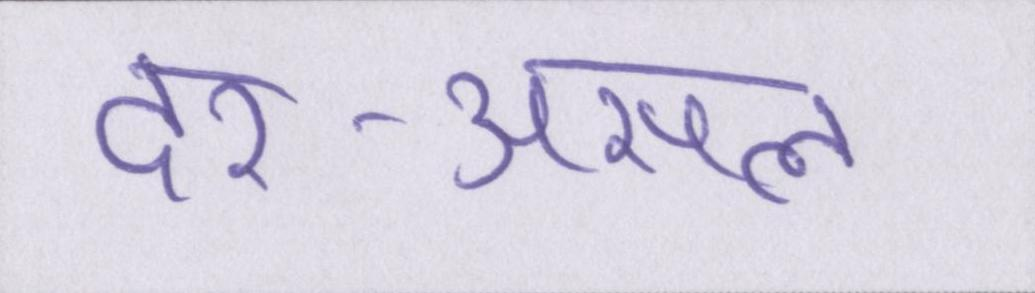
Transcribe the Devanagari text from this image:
दर-असल